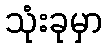
သုံးခုမှာ